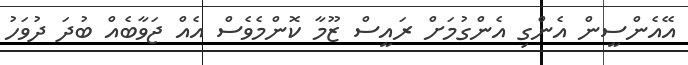
އޭއެންސީން އެންގި އެންގުމަށް ރައީސް ޒޫމާ ކޮންމެވެސް އެއް ޖަވާބެއް ބުދަ ދުވަހު